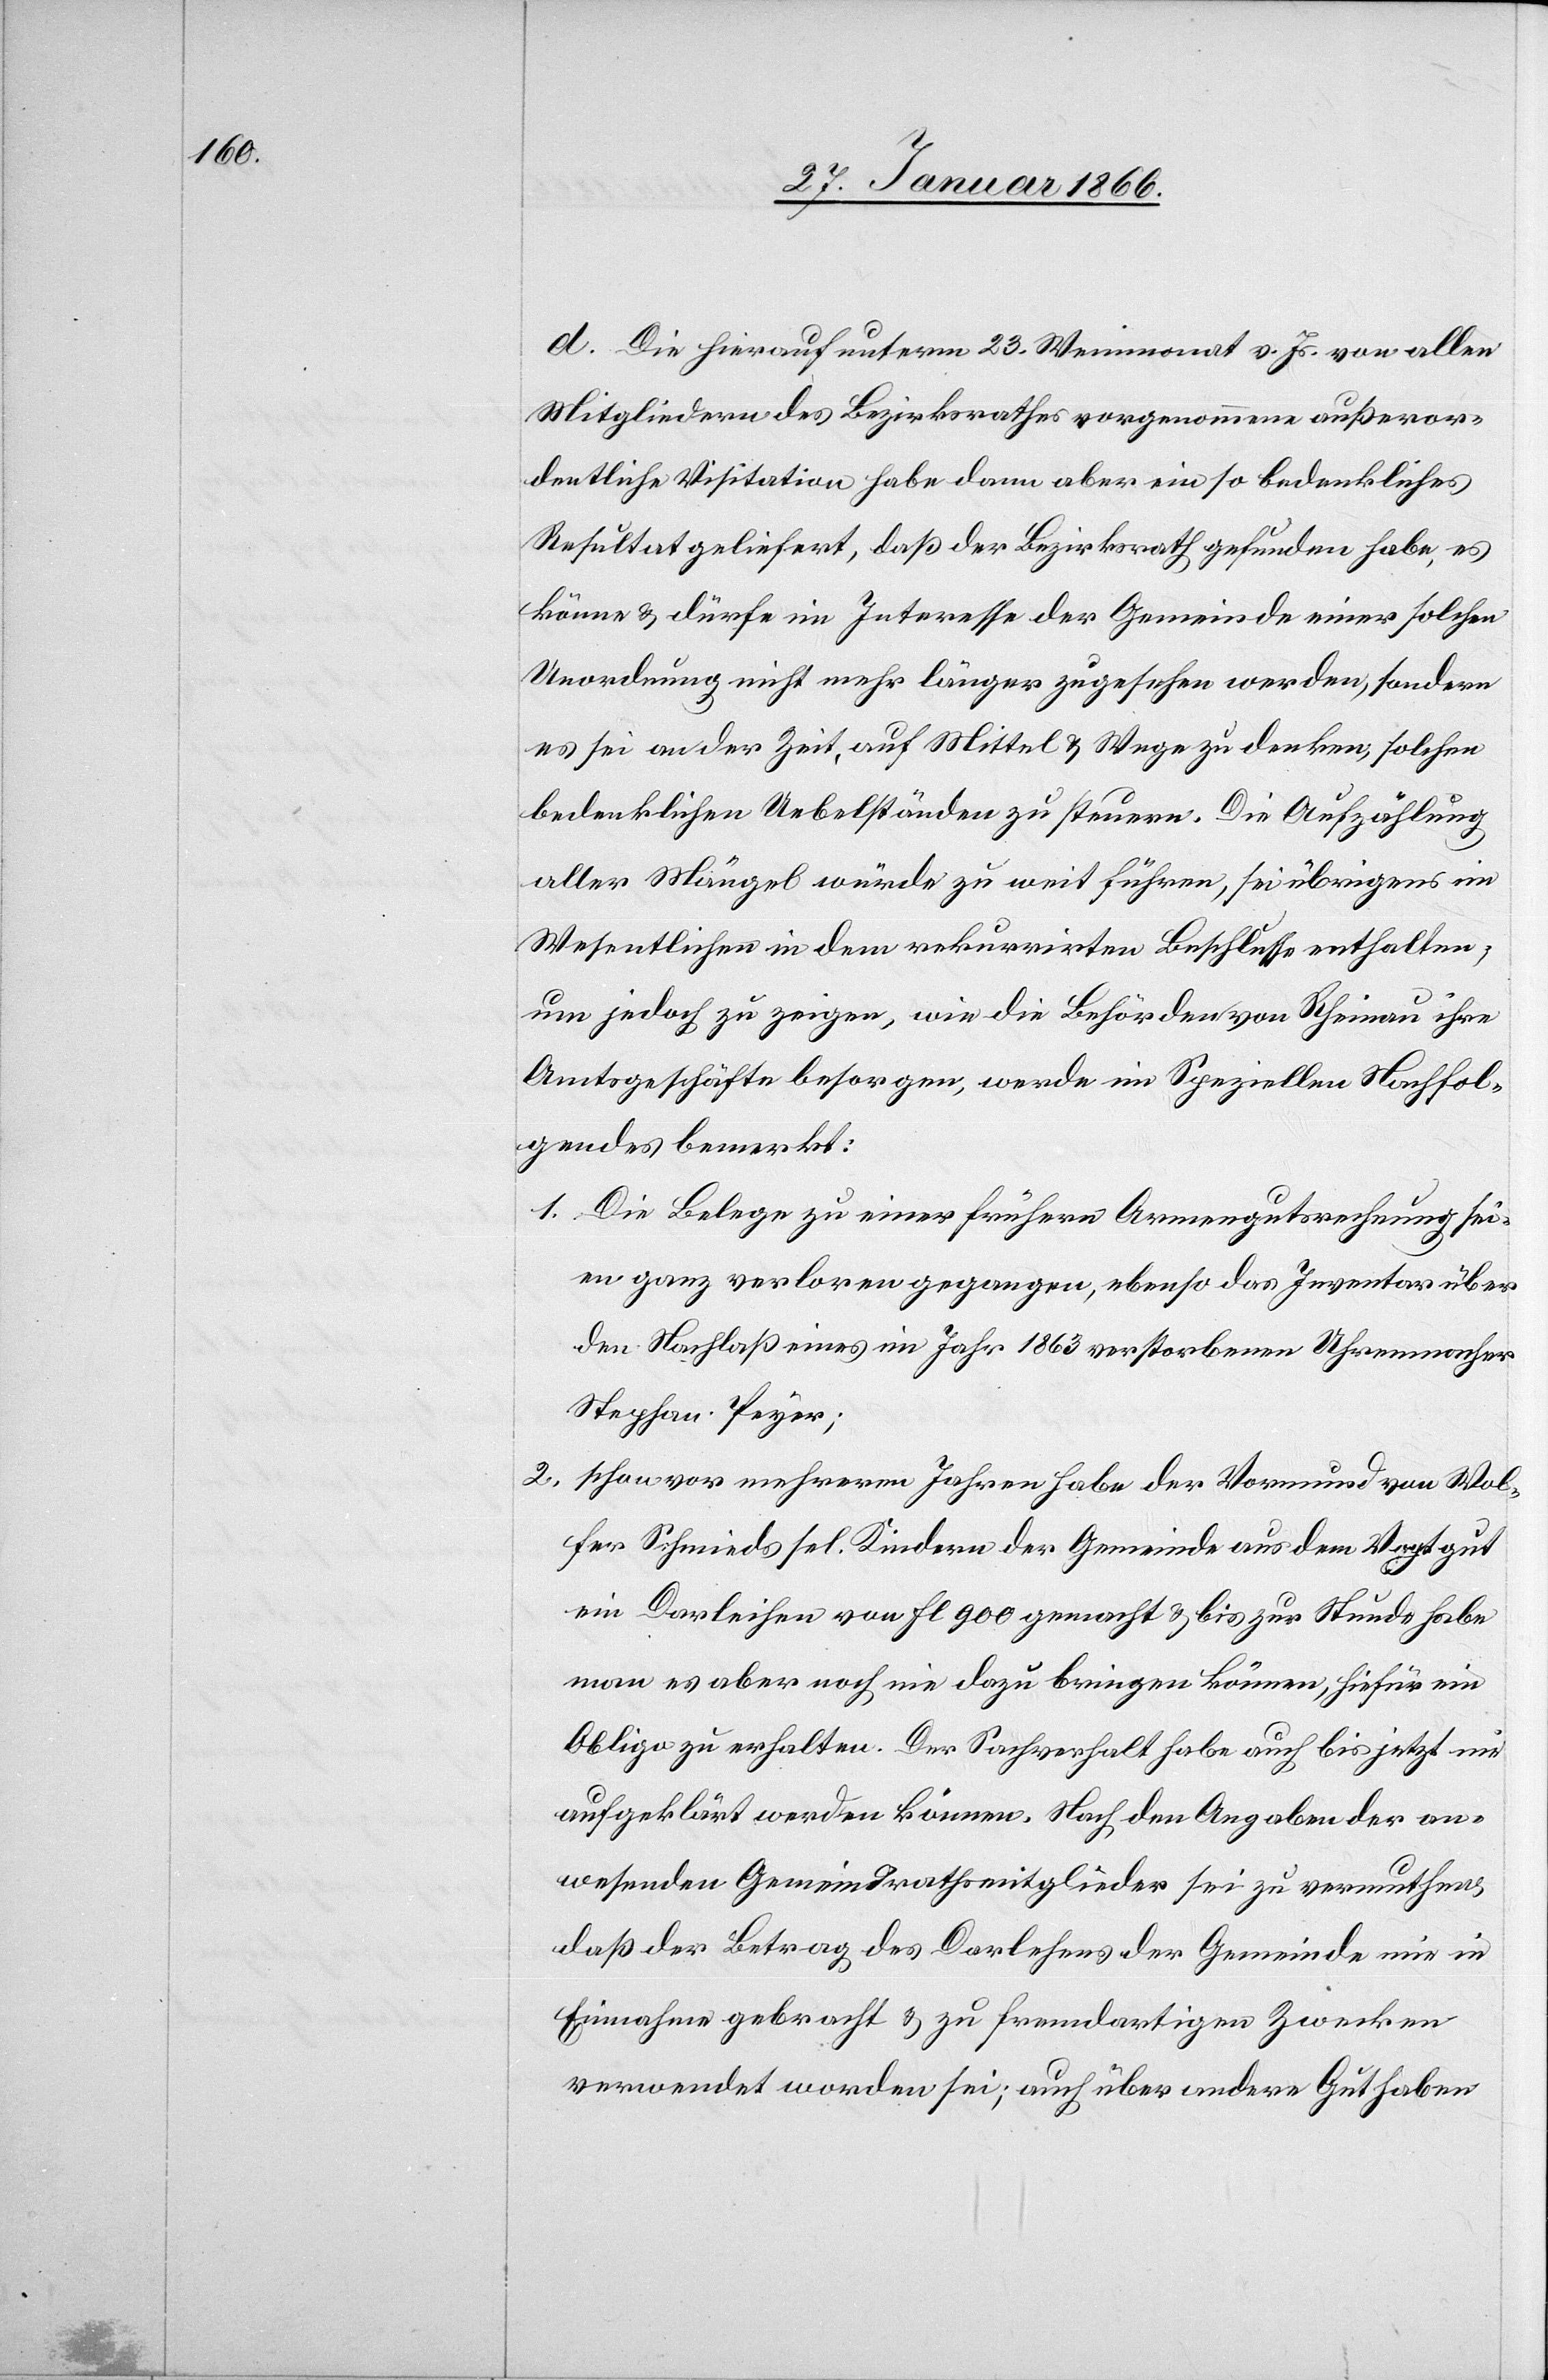
d. Die hierauf unterm 23. Weinmonat v. Js. von allen
Mitgliedern des Bezirksrathes vorgenommene außeror¬
dentliche Visitation habe dann aber ein so bedenkliches
Resultat geliefert, daß der Bezirksrath gefunden habe, es
könne u. dürfe im Interesse der Gemeinde einer solchen
Unordnung nicht mehr länger zugesehen werden, sondern
es sei an der Zeit auf Mittel u. Wege zu denken, solchen
bedenklichen Uebelständen zu steuern. Die Aufzählung
aller Mängel würde zu weit führen, sei übrigens im
Wesentlichen in dem rekurrirten Beschlusse enthalten,
um jedoch zu zeigen, wie die Behörden von Rheinau ihre
Amtsgeschäfte besorgen, werde im Speziellen Nachfol¬
gendes bemerkt:
1. Die Belege zu einer frühern Armengutsrechnung sei¬
en ganz verloren gegangen, ebenso das Inventar über
den Nachlaß eines im Jahr 1863 verstorbenen Uhrenmacher
Stephan Peyer;
2. schon vor mehrern Jahren habe der Vormund von Wol¬
fer Schmieds sel. Kindern der Gemeinde aus dem Vogtgut
ein Darleihen von fl 900 gemacht u. bis zur Stunde habe
man es aber noch nie dazu bringen können, hiefür ein
Obliga zu erhalten. Der Sachverhalt habe auch bis jetzt nie
aufgeklärt werden können. Nach den Angaben der an¬
wesenden Gemeindrathsmitglieder sei zu vermuthen,
daß der Betrag des Darlehens der Gemeinde nie in
Einnahme gebracht u. zu fremdartigen Zwecken
verwendet worden sei; auch über andere Guthaben